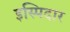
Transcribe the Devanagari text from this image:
इस्पिदार